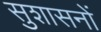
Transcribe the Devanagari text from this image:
सुशासनों